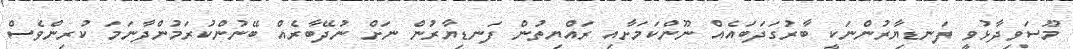
މޫސަވިދާޅުވީ ފަނޑިޔާރުންނަކީ ބާރުގަދަބައެއް ނޫންކަމަށާއި ރައްޔިތުން ފަނޑިޔާރުން ނަށް ނުދޭބާރެއް ބޭނުންކުރަމުންދާނަމަ ކުރިންވެސް